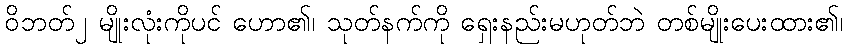
ဝိဘတ်၂ မျိုးလုံးကိုပင် ဟော၏၊ သုတ်နက်ကို ရှေးနည်းမဟုတ်ဘဲ တစ်မျိုးပေးထား၏၊